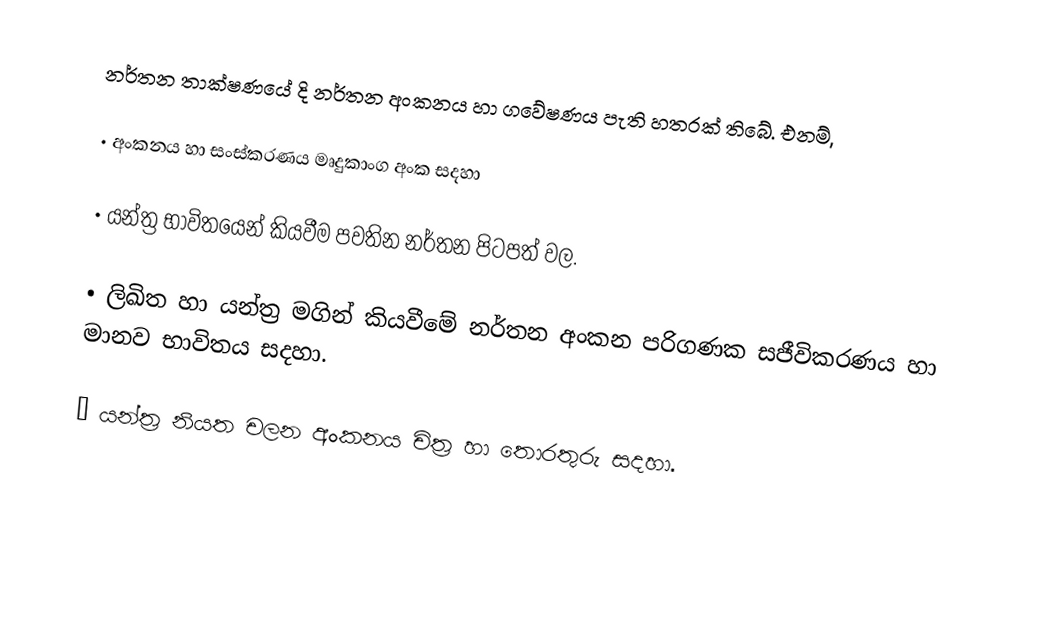
නර්තන තාක්ෂණයේ දි නර්තන අංකනය හා ගවේෂණය පැති හතරක් තිබේ. එනම්,

•	අංකනය හා සංස්කරණය මෘදුකාංග අංක සදහා

•	යන්ත්‍ර භාවිතයෙන් කියවීම පවතින නර්තන පිටපත් වල.

•	ලිඛිත හා යන්ත්‍ර මගින් කියවීමේ නර්තන අංකන පරිගණක සජීවිකරණය හා මානව භාවිතය සදහා.

•	යන්ත්‍ර නියත චලන අංකනය චිත්‍ර හා තොරතුරු සදහා.